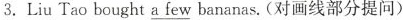
3.Liu Tao bought \underline{a few} bananas. (对画线部分提问)